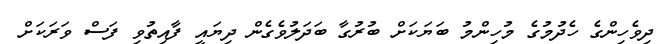
ދިވެހިންގެ ހެދުމުގެ މުހިންމު ބަޔަކަށް ބުރުގާ ބަދަލުވެގެން ދިޔައީ ފާއިތުވި ފަސް ވަރަކަށް